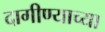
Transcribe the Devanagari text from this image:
दागीण्याच्या